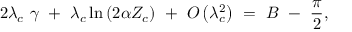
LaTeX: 2 { \lambda } _ { c } \ \gamma \ + \ { \lambda } _ { c } \ln \left( { 2 \alpha { Z } _ { c } } \right) \ + \ { \cal O } \left( { { \lambda } _ { c } ^ { 2 } } \right) \ = \ B \ - \ { \frac { \pi } { 2 } } ,